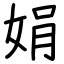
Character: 娟